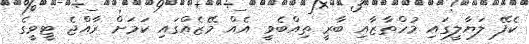
ކެފޭ ލަޔާލީގައި މުހްތާޒާއި ބާރީ ތިއްބެވީ އެއް މޭޒެއްގައި ކަމަށް ރާއްޖެ ޓީވީގެ